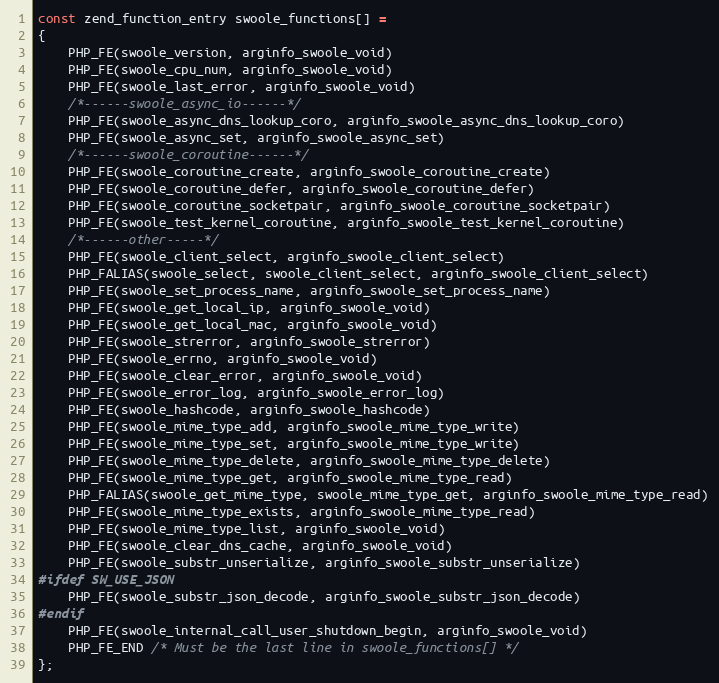
Language: C++
const zend_function_entry swoole_functions[] =
{
    PHP_FE(swoole_version, arginfo_swoole_void)
    PHP_FE(swoole_cpu_num, arginfo_swoole_void)
    PHP_FE(swoole_last_error, arginfo_swoole_void)
    /*------swoole_async_io------*/
    PHP_FE(swoole_async_dns_lookup_coro, arginfo_swoole_async_dns_lookup_coro)
    PHP_FE(swoole_async_set, arginfo_swoole_async_set)
    /*------swoole_coroutine------*/
    PHP_FE(swoole_coroutine_create, arginfo_swoole_coroutine_create)
    PHP_FE(swoole_coroutine_defer, arginfo_swoole_coroutine_defer)
    PHP_FE(swoole_coroutine_socketpair, arginfo_swoole_coroutine_socketpair)
    PHP_FE(swoole_test_kernel_coroutine, arginfo_swoole_test_kernel_coroutine)
    /*------other-----*/
    PHP_FE(swoole_client_select, arginfo_swoole_client_select)
    PHP_FALIAS(swoole_select, swoole_client_select, arginfo_swoole_client_select)
    PHP_FE(swoole_set_process_name, arginfo_swoole_set_process_name)
    PHP_FE(swoole_get_local_ip, arginfo_swoole_void)
    PHP_FE(swoole_get_local_mac, arginfo_swoole_void)
    PHP_FE(swoole_strerror, arginfo_swoole_strerror)
    PHP_FE(swoole_errno, arginfo_swoole_void)
    PHP_FE(swoole_clear_error, arginfo_swoole_void)
    PHP_FE(swoole_error_log, arginfo_swoole_error_log)
    PHP_FE(swoole_hashcode, arginfo_swoole_hashcode)
    PHP_FE(swoole_mime_type_add, arginfo_swoole_mime_type_write)
    PHP_FE(swoole_mime_type_set, arginfo_swoole_mime_type_write)
    PHP_FE(swoole_mime_type_delete, arginfo_swoole_mime_type_delete)
    PHP_FE(swoole_mime_type_get, arginfo_swoole_mime_type_read)
    PHP_FALIAS(swoole_get_mime_type, swoole_mime_type_get, arginfo_swoole_mime_type_read)
    PHP_FE(swoole_mime_type_exists, arginfo_swoole_mime_type_read)
    PHP_FE(swoole_mime_type_list, arginfo_swoole_void)
    PHP_FE(swoole_clear_dns_cache, arginfo_swoole_void)
    PHP_FE(swoole_substr_unserialize, arginfo_swoole_substr_unserialize)
#ifdef SW_USE_JSON
    PHP_FE(swoole_substr_json_decode, arginfo_swoole_substr_json_decode)
#endif
    PHP_FE(swoole_internal_call_user_shutdown_begin, arginfo_swoole_void)
    PHP_FE_END /* Must be the last line in swoole_functions[] */
};